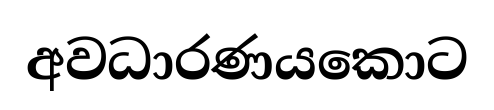
අවධාරණයකොට